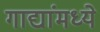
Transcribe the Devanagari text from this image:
गाद्यांमध्ये